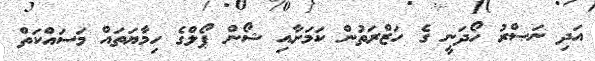
އަދި ނަޞްރު ހޯދަނީ ގެ ހަޒްރަތުން ކަމަށާއި ޝޯން ޕޯލްގެ ހިމާޔަތައް މަސައްކަތް